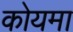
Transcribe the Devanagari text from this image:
कोयमा